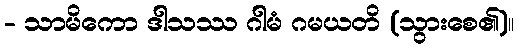
- သာမိကော ဒါသဿ ဂါမံ ဂမယတိ (သွားစေ၏)။